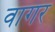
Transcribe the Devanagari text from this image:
वागर